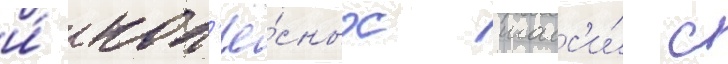
и́ кол'ё́сных шасс'и́ с